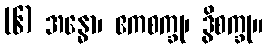
(၆) အန္ဓော၊ ဧကစက္ခု၊ ဒွိစက္ခု။